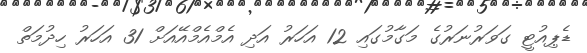
ޑެޕިއުޓީ ގަވަރުނަރުގެ މަގާމުގައި 12 އަހަރު އަދި އެމްއެމްއޭއަށް 31 އަހަރު ހިދުމަތް